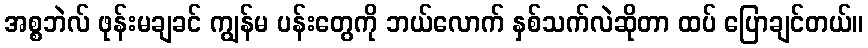
အစ္စဘဲလ် ဖုန်းမချခင် ကျွန်မ ပန်းတွေကို ဘယ်လောက် နှစ်သက်လဲဆိုတာ ထပ် ပြောချင်တယ်။